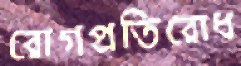
রোগপ্রতিরোধ